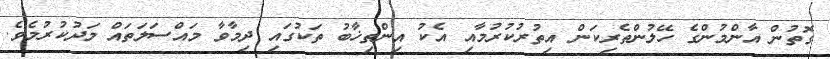
ގޮތުން އާންމުންގެ ހޭލުންތެރިކަން އިތުރުކުރުމާއި އެކު އިންތިޚާބު ތަކުގައި ދިމާވާ މައްސަލަތައް މަދުކުރުމެވެ.